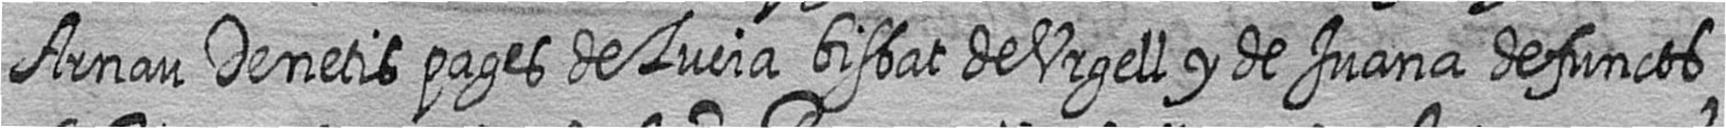
Arnau Denetis pages de Livia bisbat de Urgell y de Juana defuncts